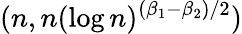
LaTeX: (n,n(\log n)^{(\beta_{1}-\beta_{2})/2})